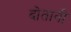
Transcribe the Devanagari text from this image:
दोतानी